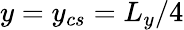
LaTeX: y=y_{cs}=L_{y}/4